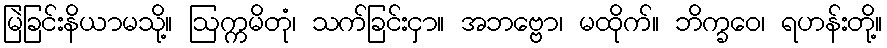
မြဲခြင်းနိယာမသို့။ ဩက္ကမိတုံ၊ သက်ခြင်းငှာ။ အဘဗ္ဗော၊ မထိုက်။ ဘိက္ခဝေ၊ ရဟန်းတို့။